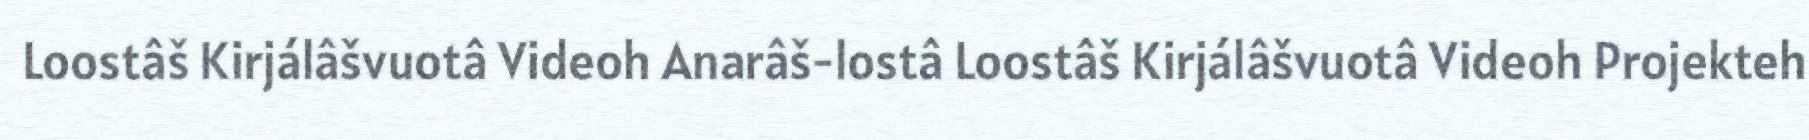
Loostâš Kirjálâšvuotâ Videoh Anarâš-lostâ Loostâš Kirjálâšvuotâ Videoh Projekteh